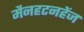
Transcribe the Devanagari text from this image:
मैनहटनहेंज